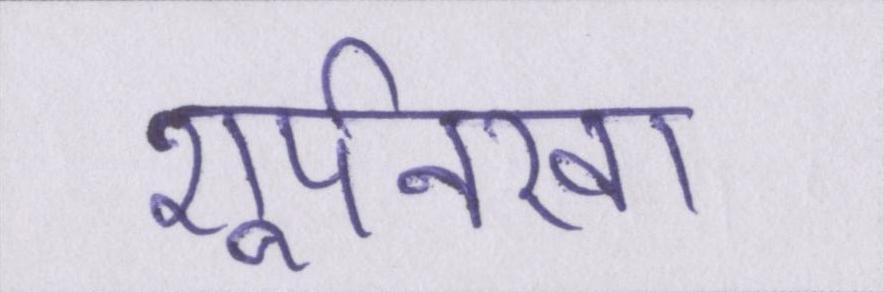
शूर्पनखा